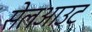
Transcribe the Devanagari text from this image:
सेलआउट